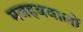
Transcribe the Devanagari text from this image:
मजहबवालों